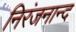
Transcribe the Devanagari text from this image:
निरंजनान्द